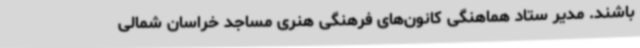
باشند. مدیر ستاد هماهنگی کانون‌های فرهنگی هنری مساجد خراسان شمالی